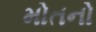
મોતનો